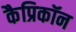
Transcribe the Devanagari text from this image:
कैप्रिकॉन